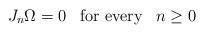
LaTeX: \begin{align*}J_n\Omega = 0 \;\;\;\textrm{for every}\;\;\; n\geq 0\end{align*}